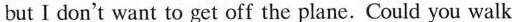
but I don't want to get off the plane. Could you walk